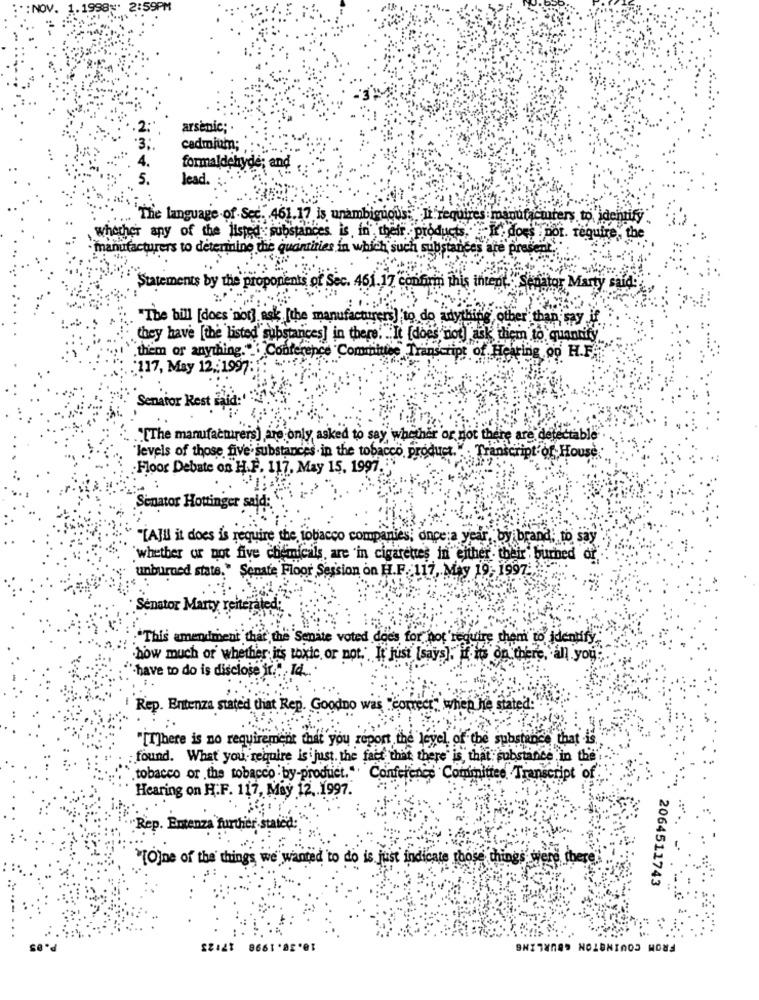
:": NOV. 1.1998%* 2:59PM
arsenic;
cadmium;
formaldehyde; and
lead.
The language of Sec. 461.17 is unambiguous:"It requires manufacturers to, identify
whether any of the listed substances is,in, their. products." Ir. does por. require, the
manufacturers to determine the quantities in which such substances are present
Statements by the proponents of Sec. 461.17 conform this intept" Sed
for Marty said:
"The bill [does not] ask [the manufacturer's] to do adythi
other than say
they have [the listed substances] in there ... It [does not] ask them to quantity
them or anything." Conference Committee Transcript of Hearing o0 H.F.
"117, May 12 .: 1997:
Senator Rest
."[The manufacturers) are only asked to say whether or not there are detectable
"levels of those five' substances in the tobacco product." . Transcript of House
·Floor Debate on H.F. 117. May 15. 1997."
Senator Houinger said:
"[A]ll it does is require the tobacco companies; once;a year, by brand; to say
"whether or not five chemicals, are in cigarettes in either their burned or
unburned state." Senate Floor Session on H.F. 117, May 19- 1997:
Senator Marty reit
"This amendment that the Senate voted does for, not require them to identify,
.how much or' whether its toxic, or not.', It just [says], if is on there, all you;
'have to do is disclose ir." 14
Rep. Entenza stated that Rep. Goodno was co
cr. when he stated:
"[T]here is no requirement that you report the level of the substance that is
: found. What you require is just, the fact that there is that substance in the
tobacco or the tobacco by-product. " Conference Committee. Transcript of
Hearing on H.F. 117, May 12 .. 1997.
Rep. Entenza further stated:
"[O]ne of the things we wanted to do is just indicate those things were cher
2064511743